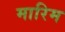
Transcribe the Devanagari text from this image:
मारिम